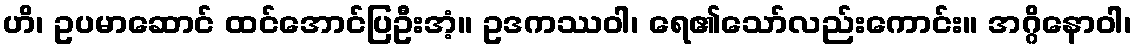
ဟိ၊ ဥပမာဆောင် ထင်အောင်ပြဦးအံ့။ ဥဒကဿဝါ၊ ရေ၏သော်လည်းကောင်း။ အဂ္ဂိနောဝါ၊